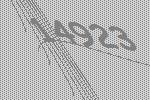
14923